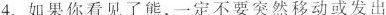
4.如果你看见了熊,一定不要突然移动或发出